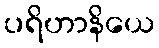
ပရိဟာနိယေ